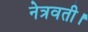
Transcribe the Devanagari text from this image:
नेत्रवती।